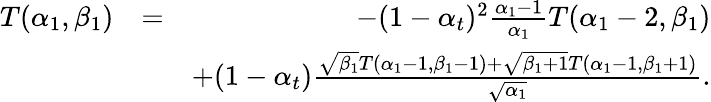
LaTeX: \begin{array}{rlr}{T(\alpha_{1},\beta_{1})}&{=}&{-(1-\alpha_{t})^{2}\frac{\alpha_{1}-1}{\alpha_{1}}T(\alpha_{1}-2,\beta_{1})}\\ &{}&{+(1-\alpha_{t})\frac{\sqrt{\beta_{1}}T(\alpha_{1}-1,\beta_{1}-1)+\sqrt{\beta_{1}+1}T(\alpha_{1}-1,\beta_{1}+1)}{\sqrt{\alpha_{1}}}.}\end{array}